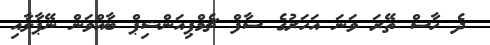
ދެ ހާސް ތޭރަ ވަނަ އަހަރުގެ ސާފް ޗެމްޕިއަންޝިޕް ބާއްވަން ނޭޕާލާއި